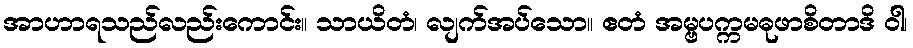
အာဟာရသည်လည်းကောင်း။ သာယိတံ၊ လျက်အပ်သော။ ဧတံ အမ္ဗပက္ကမဓုဖာစိတာဒိ ဝါ၊